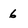
Character: 6